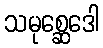
သမုစ္ဆေဒေါ